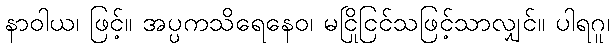
နာဝါယ၊ ဖြင့်။ အပ္ပကသိရေနေဝ၊ မငြိုငြင်သဖြင့်သာလျှင်။ ပါရဂူ၊